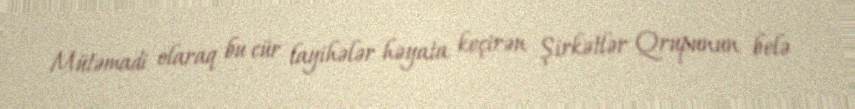
Mütəmadi olaraq bu cür layihələr həyata keçirən Şirkətlər Qrupunun belə